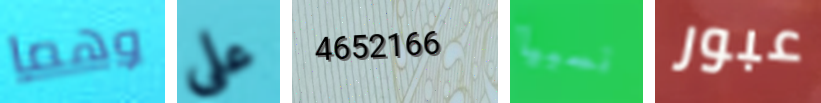
وهما على 4652166 نسبيا عبور